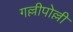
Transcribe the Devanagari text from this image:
गल्लीपोल्ली